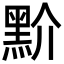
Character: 𪐱